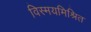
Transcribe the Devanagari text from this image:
विस्मयमिश्रित